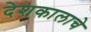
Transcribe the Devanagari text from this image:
देशकालाचे